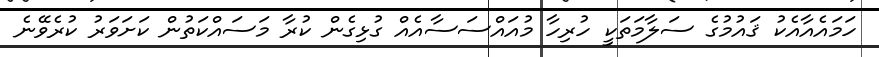
ހަމައެއާއެކު ޤައުމުގެ ސަލާމަތަކީ ހުރިހާ މުއައްސަސާއެއް ގުޅިގެން ކުރާ މަސައްކަތުން ކަށަވަރު ކުރެވޭނެ